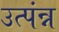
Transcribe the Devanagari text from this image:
उत्पंन्न